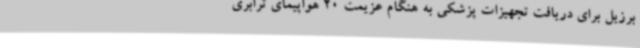
برزیل برای دریافت تجهیزات پزشکی به هنگام عزیمت 20 هواپیمای ترابری